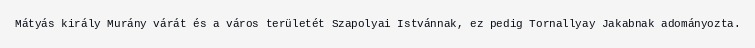
Mátyás király Murány várát és a város területét Szapolyai Istvánnak, ez pedig Tornallyay Jakabnak adományozta.